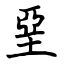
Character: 堊